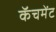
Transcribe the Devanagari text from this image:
कॅचमेंट